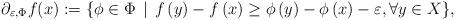
LaTeX: \begin{align*}\partial_{\varepsilon,\Phi} f(x):=\{\phi\in\Phi\,\mid\, f \left(y\right)-f \left(x\right) \geq \phi\left(y\right)-\phi \left(x\right) -\varepsilon,\forall y\in X\},\end{align*}